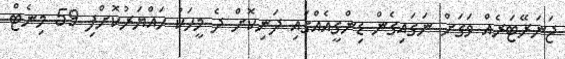
ޖަނަރޭޓަރެއް ވަގަށް ނަގައިގެން ޑިންގީއެއްގައި ދަނިކޮށް ދެ މީހަކު ހައްޔަރުކޮށްފި 59 މިނެޓް